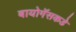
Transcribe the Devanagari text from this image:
बायोगॅसकडे